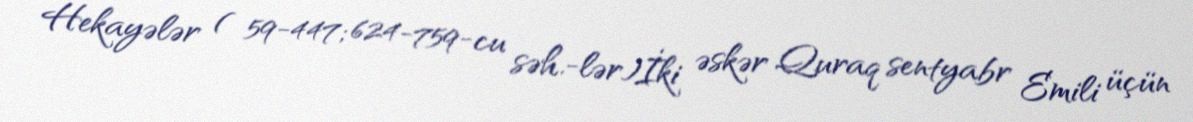
Hekayələr ( 59-447; 624-759-cu səh.-lər)İki əskər Quraq sentyabr Emili üçün